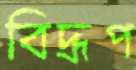
বিদ্রূপ